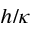
h / \kappa